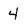
Character: 4